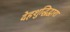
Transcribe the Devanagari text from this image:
देहशुद्धिद्वारा